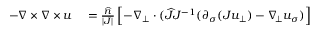
\begin{array} { r l } { - \nabla \times \nabla \times u } & { { } = \frac { \widehat { n } } { | J | } \left[ - \nabla _ { \bot } \cdot ( \widehat { J } J ^ { - 1 } ( \partial _ { \sigma } ( J u _ { \bot } ) - \nabla _ { \! \bot } u _ { \sigma } ) \right] } \end{array}